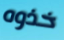
خذوه